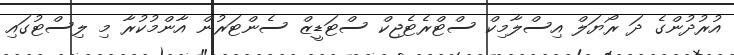
އުރުދުންގެ ދަ ރޯޔަލް އިސްލާމިކް ސްޓްރެޓެޖިކް ސްޓަޑީޒް ސެންޓަރުން އާންމުކުރާ މި ލިސްޓުގައި